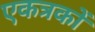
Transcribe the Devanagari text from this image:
एकत्रकों